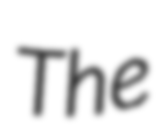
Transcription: The